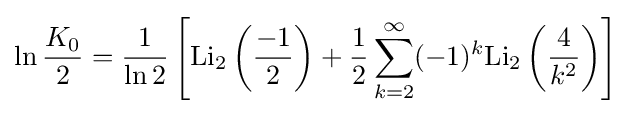
\ln {\frac {K_{0}}{2}}={\frac {1}{\ln 2}}\left[{\mbox{Li}}_{2}\left({\frac {-1}{2}}\right)+{\frac {1}{2}}\sum _{k=2}^{\infty }(-1)^{k}{\mbox{Li}}_{2}\left({\frac {4}{k^{2}}}\right)\right]